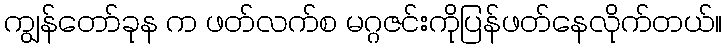
ကျွန်တော်ခုန က ဖတ်လက်စ မဂ္ဂဇင်းကိုပြန်ဖတ်နေလိုက်တယ်။